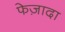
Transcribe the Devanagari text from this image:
फेज़ादा